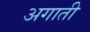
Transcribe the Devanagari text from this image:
अगाती